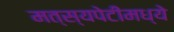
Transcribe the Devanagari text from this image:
मत्स्यपेटीमध्ये